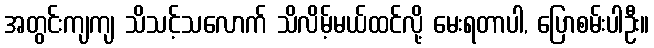
အတွင်းကျကျ သိသင့်သလောက် သိလိမ့်မယ်ထင်လို့ မေးရတာပါ, ပြောစမ်းပါဦး။